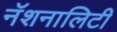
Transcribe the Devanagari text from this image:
नॅशनालिटी